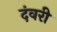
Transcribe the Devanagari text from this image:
दंवरी